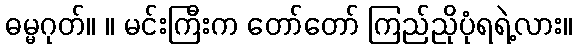
ဓမ္မဂုတ်။ ။ မင်းကြီးက တော်တော် ကြည်ညိုပုံရရဲ့လား။